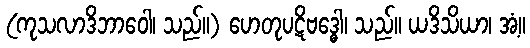
(ကုသလာဒိဘာဝေါ၊ သည်။) ဟေတုပဋိဗဒ္ဓေါ၊ သည်။ ယဒိသိယာ၊ အံ့။